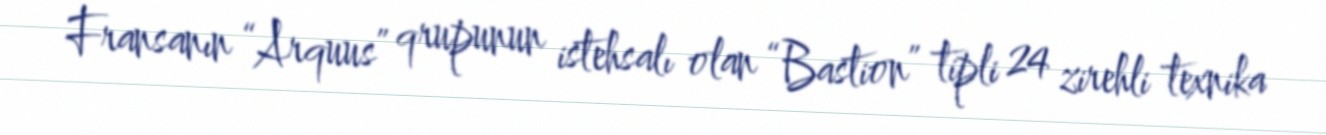
Fransanın “Arquus” qrupunun istehsalı olan “Bastion” tipli 24 zirehli texnika